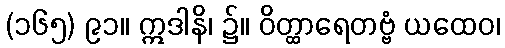
(၁၆၅) ၉၁။ ဣဒါနိ၊ ၌။ ဝိတ္ထာရေတဗ္ဗံ ယထေဝ၊